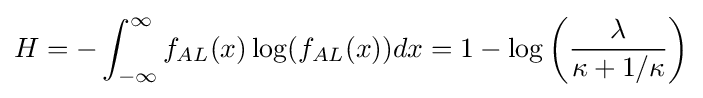
H=-\int _{-\infty }^{\infty }f_{AL}(x)\log(f_{AL}(x))dx=1-\log \left({\frac {\lambda }{\kappa +1/\kappa }}\right)